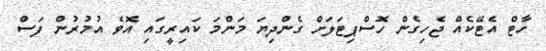
ހާޓް އެޓޭކެއް ޖެހިގެން ހޮސްޕިޓަލަށް ގެންދިޔަ މަންމަ ކައިރީގައި އޮވެ އުމުރުން ފަސް